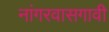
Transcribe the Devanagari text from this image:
नांगरवासगावी